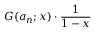
G ( a _ { n } ; x ) \cdot { \frac { 1 } { 1 - x } }